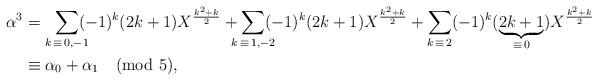
LaTeX: \begin{align*}\alpha^3&=\smashoperator[r]{\sum_{k\,\equiv\, 0,-1}}(-1)^k(2k+1)X^{\frac{k^2+k}{2}}+\sum_{\mathclap{k\,\equiv\, 1,-2}}(-1)^k(2k+1)X^{\frac{k^2+k}{2}}+\sum_{\mathclap{k\,\equiv\, 2}}(-1)^k(\underbrace{2k+1}_{\mathclap{\equiv\,0}})X^{\frac{k^2+k}{2}}\\&\equiv\alpha_0+\alpha_1\pmod{5},\end{align*}